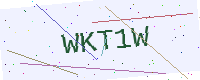
Text: WKT1W